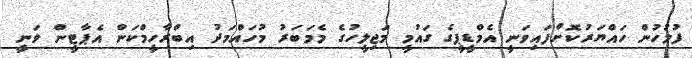
ފުލުހުން ހައްޔަރުކޮށްފައިވަނީ އެމްޑީީޕީގެ ގައުމީ މަޖިލީހުގެ މެމަބަރު މުހައްމަދު އިބްރާހީމްކަން އެޕާޓީން ވަނީ